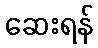
ဆေးရန်